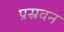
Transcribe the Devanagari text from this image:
प्रस्रवन